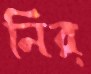
নির্